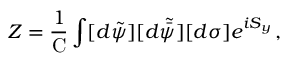
Z = \frac { 1 } { \mathrm { C } } \int [ d \tilde { \psi } ] [ d \tilde { \bar { \psi } } ] [ d \sigma ] e ^ { i S _ { y } } \, ,